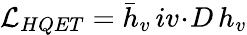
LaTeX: {\cal L}_{HQET}=\bar{h}_{v}\, iv\! \cdot\! D\, h_{v}